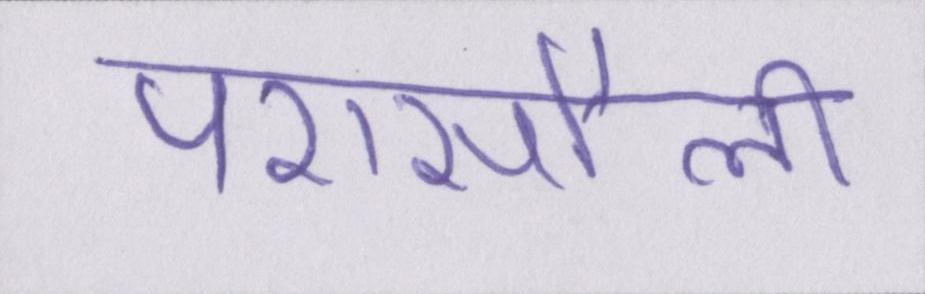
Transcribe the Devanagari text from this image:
परासौली